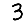
Digit: 3